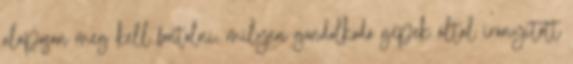
alaposan meg kell fontolni, milyen gondolkodó gépek által irányított